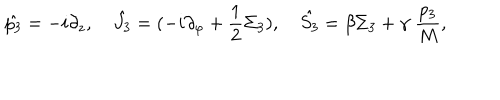
\hat { p _ { 3 } } = - i \partial _ { z } , \quad \hat { J _ { 3 } } = ( - i \partial _ { \varphi } + { \frac { 1 } { 2 } } \Sigma _ { 3 } ) , \quad \hat { S _ { 3 } } = \beta \Sigma _ { 3 } + \gamma \; { \frac { p _ { 3 } } { M } } ,